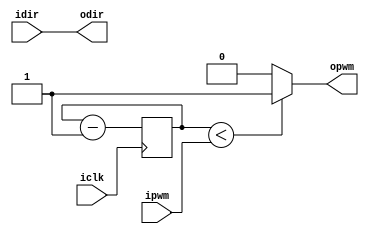
module moter_pwm(iclk,idir,ipwm,opwm,odir);

input 			iclk;
input		[1:0]	idir;
input 	[7:0]	ipwm;

output			opwm;
output	[1:0]	odir;
			
reg		counter;

			
always @(posedge iclk)begin
	counter <= counter-1;
end

assign opwm = (counter<ipwm)? 1'b1:1'b0;
assign odir = idir;

endmodule